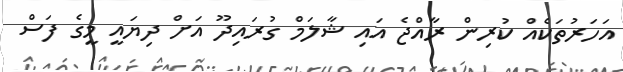
އަހަރުތަކެއް ކުރިން ރާއްޖެ އައި ޝާލަމް ގުރައިދޫ އަށް ދިޔައީ މީގެ ފަސް